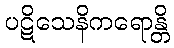
ပဋိသေနိကရောန္တိ